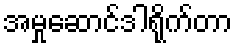
အမှုဆောင်ဒါရိုက်တာ